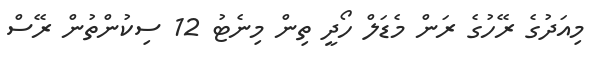
މިއަދުގެ ރޭހުގެ ރަން މެޑަލް ހޯދީ ތިން މިނެޓު 12 ސިކުންތުން ރޭސް